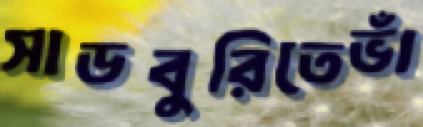
সাডবুরিতেভাঁ